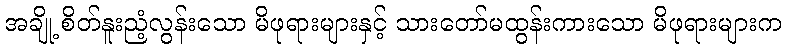
အချို့ စိတ်နူးညံ့လွန်းသော မိဖုရားများနှင့် သားတော်မထွန်းကားသော မိဖုရားများက